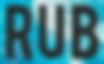
RUB